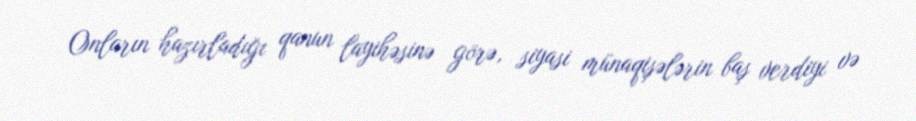
Onların hazırladığı qanun layihəsinə görə, siyasi münaqişələrin baş verdiyi və